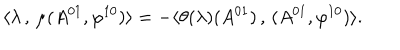
LaTeX: \langle \lambda \, , \, \mu ( A ^ { 0 1 } , \varphi ^ { 1 0 } ) \rangle = - \langle \theta ( \lambda ) ( A ^ { 0 1 } ) \, , \, ( A ^ { 0 1 } , \varphi ^ { 1 0 } ) \rangle .